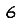
Digit: 6